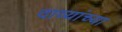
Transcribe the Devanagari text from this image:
दाव्यांच्या